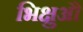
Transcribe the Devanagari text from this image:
भिक्षुऔं